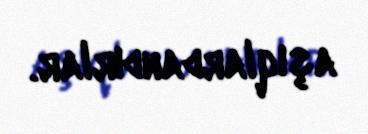
aşıqlardandırlar.